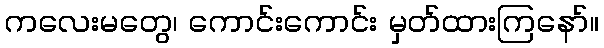
ကလေးမတွေ၊ ကောင်းကောင်း မှတ်ထားကြနော်။